Annual administration report of the Civil Veterinary Department of India - 1896-1897
Year: 1896
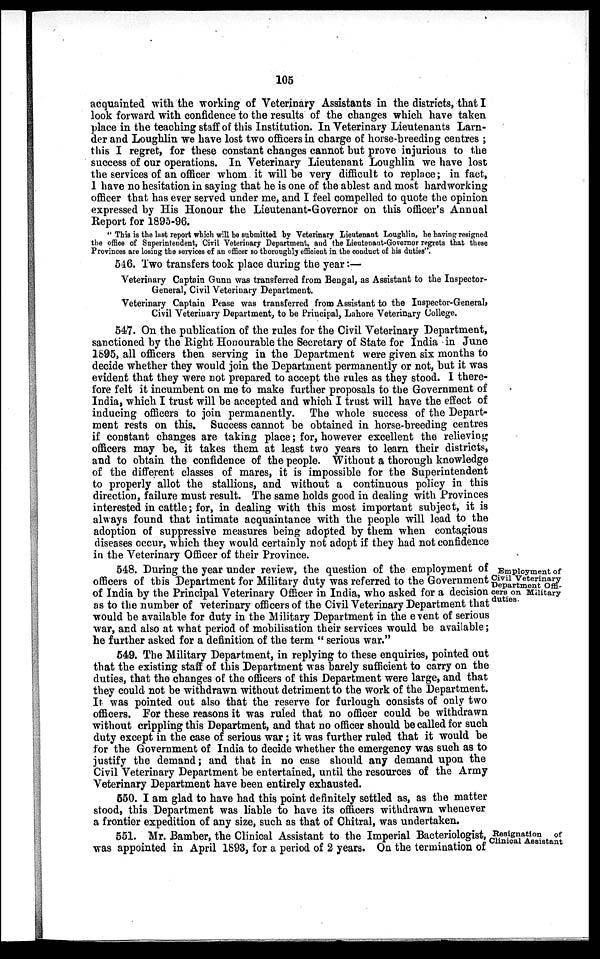
105
acquainted with the working of Veterinary Assistants in the districts, that I
look forward with confidence to the results of the changes which have taken
place in the teaching staff of this Institution. In Veterinary Lieutenants Larn-
der and Loughlin we have lost two officers in charge of horse-breeding centres;
this I regret, for these constant changes cannot but prove injurious to the
success of our operations. In Veterinary Lieutenant Loughlin we have lost
the services of an officer whom it will be very difficult to replace; in fact,
I have no hesitation in saying that he is one of the ablest and most hardworking
officer that has ever served under me, and I feel compelled to quote the opinion
expressed by His Honour the Lieutenant-Governor on this officer's Annual
Report for 1895-96.
"This is the last report which will be submitted by Veterinary Lieutenant Loughlin, he having resigned
the office of Superintendent, Civil Veterinary Department, and the Lieutenant-Governor regrets that these
Provinces are losing the services of an officer so thoroughly efficient in the conduct of his duties".
546. Two transfers took place during the year:—
Veterinary Captain Gunn was transferred from Bengal, as Assistant to the Inspector-
General, Civil Veterinary Department.
Veterinary Captain Pease was transferred from Assistant to the Inspector-General,
Civil Veterinary Department, to be Principal, Lahore Veterinary College.
547. On the publication of the rules for the Civil Veterinary Department,
sanctioned by the Right Honourable the Secretary of State for India in June
1895, all officers then serving in the Department were given six months to
decide whether they would join the Department permanently or not, but it was
evident that they were not prepared to accept the rules as they stood. I there-
fore felt it incumbent on me to make further proposals to the Government of
India, which I trust will be accepted and which I trust will have the effect of
inducing officers to join permanently. The whole success of the Depart-
ment rests on this. Success cannot be obtained in horse-breeding centres
if constant changes are taking place; for, however excellent the relieving
officers may be, it takes them at least two years to learn their districts,
and to obtain the confidence of the people. Without a thorough knowledge
of the different classes of mares, it is impossible for the Superintendent
to properly allot the stallions, and without a continuous policy in this
direction, failure must result. The same holds good in dealing with Provinces
interested in cattle; for, in dealing with this most important subject, it is
always found that intimate acquaintance with the people will lead to the
adoption of suppressive measures being adopted by them when contagious
diseases occur, which they would certainly not adopt if they had not confidence
in the Veterinary Officer of their Province.
Employment of
Civil Veterinary
Department Offi-
cers on Military
duties.
548. During the year under review, the question of the employment of
officers of this Department for Military duty was referred to the Government
of India by the Principal Veterinary Officer in India, who asked for a decision
as to the number of veterinary officers of the Civil Veterinary Department that
would be available for duty in the Military Department in the event of serious
war, and also at what period of mobilisation their services would be available;
he further asked for a definition of the term "serious war."
549. The Military Department, in replying to these enquiries, pointed out
that the existing staff of this Department was barely sufficient to carry on the
duties, that the changes of the officers of this Department were large, and that
they could not be withdrawn without detriment to the work of the Department.
It was pointed out also that the reserve for furlough consists of only two
officers. For these reasons it was ruled that no officer could be withdrawn
without crippling this Department, and that no officer should be called for such
duty except in the case of serious war; it was further ruled that it would be
for the Government of India to decide whether the emergency was such as to
justify the demand; and that in no case should any demand upon the
Civil Veterinary Department be entertained, until the resources of the Army
Veterinary Department have been entirely exhausted.
550. I am glad to have had this point definitely settled as, as the matter
stood, this Department was liable to have its officers withdrawn whenever
a frontier expedition of any size, such as that of Chitral, was undertaken.
Resignation of
Clinical Assistant
551. Mr. Bamber, the Clinical Assistant to the Imperial Bacteriologist,
was appointed in April 1893, for a period of 2 years. On the termination of